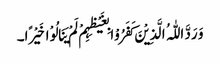
وَ رَدَّ اللّٰہُ الَّذِیْنَ کَفَرُوْا بِغَیْظِہِمْ لَمْ یَنَالُوْا خَیْرًا۔